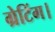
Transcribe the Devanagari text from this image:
ग्रेटिंग।